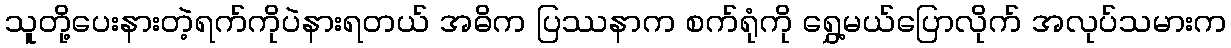
သူတို့ပေးနားတဲ့ရက်ကိုပဲနားရတယ် အဓိက ပြဿနာက စက်ရုံကို ရွှေ့မယ်ပြောလိုက် အလုပ်သမားက